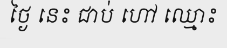
ថ្ងៃ នេះ ជាប់ ហៅ ឈ្មោះ